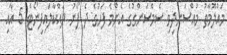
މައުލޫމާތު މުއްސަނދިވި ސެމްސަންގުގެ އެންމެ ފަހުގެ ދެ ފޯނު ދައްކާލައިފިނޯޓް 5 އާއި